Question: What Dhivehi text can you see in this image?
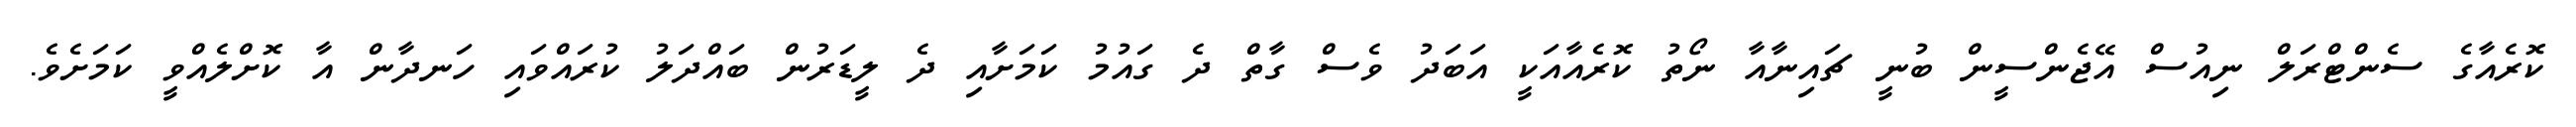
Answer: ކޮރެއާގެ ސެންޓްރަލް ނިއުސް އޭޖެންސީން ބުނީ ޗައިނާއާ ނޯތު ކޮރެއާއަކީ އަބަދު ވެސް ގާތް ދެ ގައުމު ކަމަށާއި ދެ ލީޑަރުން ބައްދަލު ކުރައްވައި ހަނދާން އާ ކޮށްލެއްވީ ކަމަށެވެ.